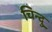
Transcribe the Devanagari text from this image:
चिन्दु